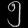
Digit: ၅